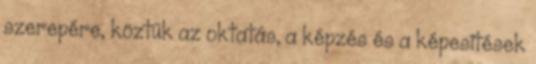
szerepére, köztük az oktatás, a képzés és a képesítések